Calcutta medical institutions reports 1879-81 [i.e.91]
Year: 1879
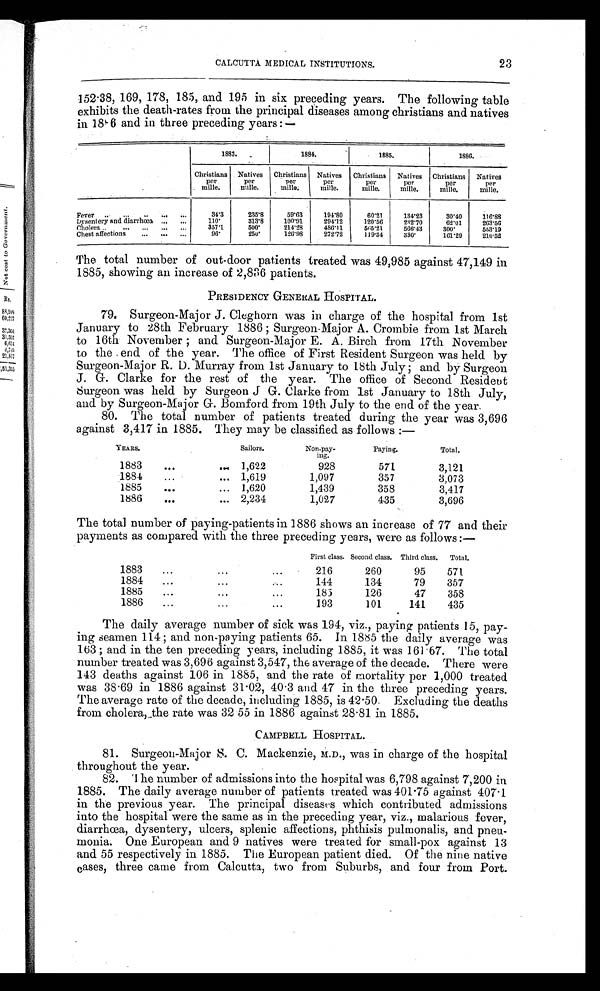
CALCUTTA MEDICAL INSTITUTIONS.
23
152.38, 169, 178, 185, and 195 in six preceding years. The following table
exhibits the death-rates from the principal diseases among christians and natives
in 1886 and in three preceding years:—
1883.
1884.
1885.
1886.
Christians
per m i l l e .
Natives
per m i l l e .
Christians
per
mille.
Natives
per
mille.
Christians
per
mille.
Natives p e r
m i l l e .
Christians
p e r
m i l l e .
Natives
per m i l l e .
Fever ...
...
..
...
34.3
235.8
59.63
194.80
60.21
134.23
30.40
116.88
Dysentery and diarrhœa ...
...
1 1 0 . 313.8
100.91
2 9 4 . 1 2
120.56
2 3 2 . 7 0
62.01
263.56
Cholera
...
...
357.1
500.
214.28
4 8 6 . 1 1
5 6 5 . 2 1
566.43
3 0 0 .
553.19
Chest affections
...
...
...
96.
250.
126.98
272.72
119.34
330.
161.29
210.52
The total number of out-door patients treated was 49,985 against 47,149 in
1885, showing an increase of 2,836 patients.
PRESIDENCY GENERAL HOSPITAL.
79. Surgeon-Major J. Cleghorn was in charge of the hospital from 1st
January to 28th February 1886 ; Surgeon-Major A. Crombie from 1st March
to 16th November ; and Surgeon-Major E. A. Birch from 17th November
to the end of the year. The office of First Resident Surgeon was held by
Surgeon-Major R. D. Murray from 1st January to 18th July ; and by Surgeon
J. G Clarke for the rest of the year. The office of Second Resident
Surgeon was held by Surgeon J G. Clarke from 1st January to 18th July,
and by Surgeon-Major G. Bomford from 19th July to the end of the year.
80. The total number of patients treated during the year was 3,696
against 3,417 in 1885. They may be classified as follows :—
YEARS.
Sailors.
Non-pay-
ing.
Paying.
Total.
1883
...
....
1,622
928
571
3,121
1884
...
... 1,619
1,097
357
3,073
1885
...
...
1,620
1,439
358
3,417
1886
...
... 2,234
1,027
435
3,696
The total number of paying-patients in 1886 shows an increase of 77 and their
payments as compared with the three preceding years, were as follows:—
First class. Second class. Third class.
Total.
1883
...
...
...
216
260
95
571
1884
...
...
...
144
134
79
357
1885 ...
...
. . .
185
126
47
358
1886
...
...
...
193
101
141
435
The daily average number of sick was 194, viz., paying patients 15, pay-
ing seamen 114 ; and non-paying patients 65. In 1885 the daily average was
163 ; and in the ten preceding years, including 1885, it was 161.67. The total
number treated was 3,696 against 3,547, the average of the decade. There were
143 deaths against 106 in 1885, and the rate of mortality per 1,000 treated
was 38.69 in 1886 against 31.02, 40.3 and 47 in the three preceding years.
The average rate of the decade, including 1885, is 42.50 Excluding the deaths
from cholera, the rate was 32.55 in 1886 against 28.81 in 1885.
CAMPBELL HOSPITAL.
81. Surgeon-Major S. C. Mackenzie, M.D., was in charge of the hospital
throughout the year.
82. The number of admissions into the hospital was 6,798 against 7,200 in
1885. The daily average number of patients treated was 401.75 against 407.1
in the previous year. The principal diseases which contributed admissions
into the hospital were the same as in the preceding year, viz., malarious fever,
diarrhœa, dysentery, ulcers, splenic affections, phthisis pulmonalis, and pneu-
- m o n i a . O n e E u r o p e a n a n d 9 n a t i v e s w e r e t r e a t e d f o r s m a l l - p o x a g a i n s t 1 3
and 55 respectively in 1885. The European patient died. Of the nine native
cases, three came from Calcutta, two from Suburbs, and four from Port.